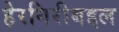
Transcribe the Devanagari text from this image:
हेरगिरीबद्दल